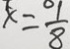
x = \frac { 1 } { 8 }